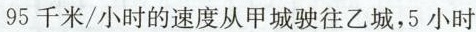
95千米/小时的速度从甲城驶往乙城，5小时